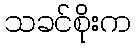
သခင်စိုးက